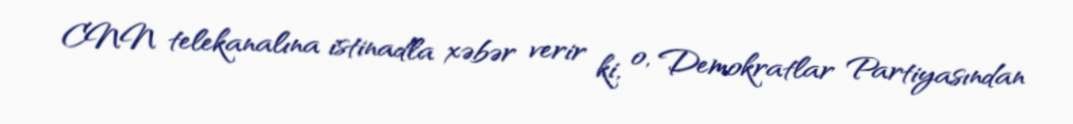
CNN telekanalına istinadla xəbər verir ki, o, Demokratlar Partiyasından